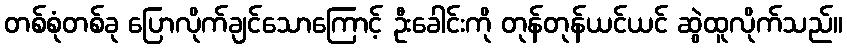
တစ်စုံတစ်ခု ပြောလိုက်ချင်သောကြောင့် ဦးခေါင်းကို တုန်တုန်ယင်ယင် ဆွဲထူလိုက်သည်။